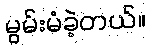
မွမ်းမံခဲ့တယ်။